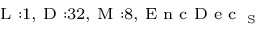
_ { \textrm { L } : 1 , \textrm { D } : 3 2 , \textrm { M } : 8 , \textrm { E n c D e c } _ { \textrm { S } } }